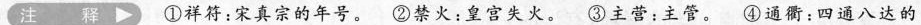
注释 ①祥符：宋真宗的年号。②禁火：皇宫失火。③主营：主管。④通衢：四通八达的